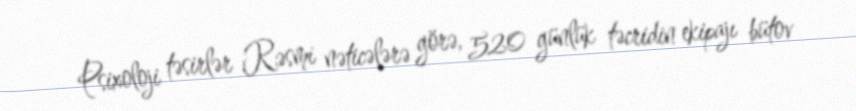
Psixoloji təsirlər Rəsmi nəticələrə görə, 520 günlük təcridin ekipajı bütov